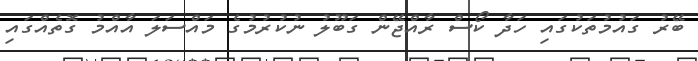
ބޭރު ގައުމުތަކުގައި ހަދާ ކޯސް ރާއްޖޭން ގަބޫލު ނުކުރުމުގެ މައްސަލަ އާއްމު ގޮތެއްގައި